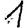
Digit: 1